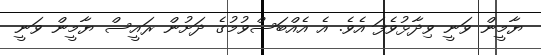
ޔާމީން ވަނީ ވިދާޅުވެފަ އެވެ. އެ އެއްބަސްވުމުގެ ދަށުން ރައީސް ޔާމީން ވަނީ